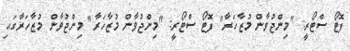
ފޮޓޯ ސްޓޯރީ: "މިންޖުވާން މުޒާހަރާ" ފޮޓޯ ސްޓޯރީ: "މިންޖުވާން މުޒާހަރާ" މިންޖުވާން މުޒާހަރާގައި